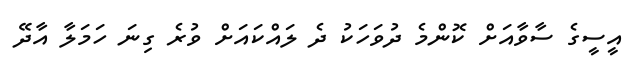
އީސީގެ ސާވާއަށް ކޮންމެ ދުވަހަކު ދެ ލައްކައަށް ވުރެ ގިނަ ހަމަލާ އާދޭ